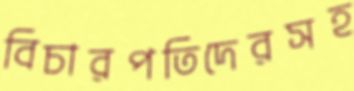
বিচারপতিদেরসহ